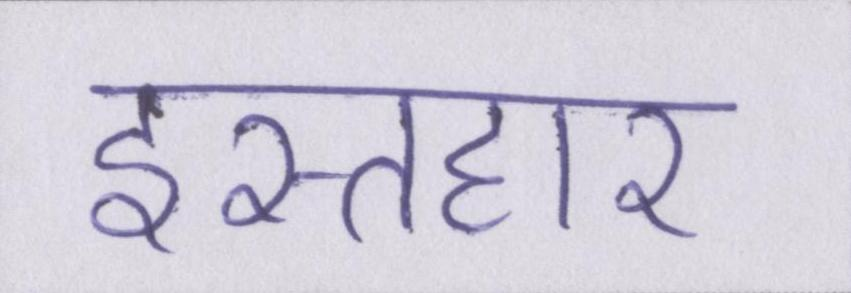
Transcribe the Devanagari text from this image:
इस्तहार